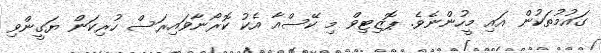
ގައުމުތަކުން އައި މީހުންނެވެ. ޕޮޒިޓިވް މި ކޭސްއާ އެކު ކޮރޯނާވައިރަސް ހުރިކަން ޔަގީންވި